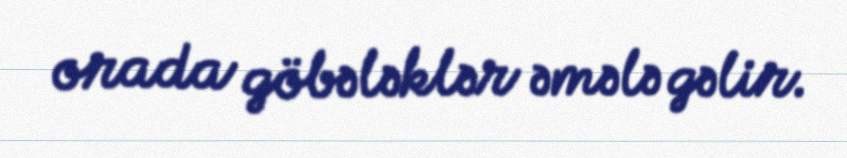
orada göbələklər əmələ gəlir.